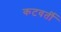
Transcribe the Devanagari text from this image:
कटवर्ती